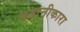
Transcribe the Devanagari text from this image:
कहानीकारा